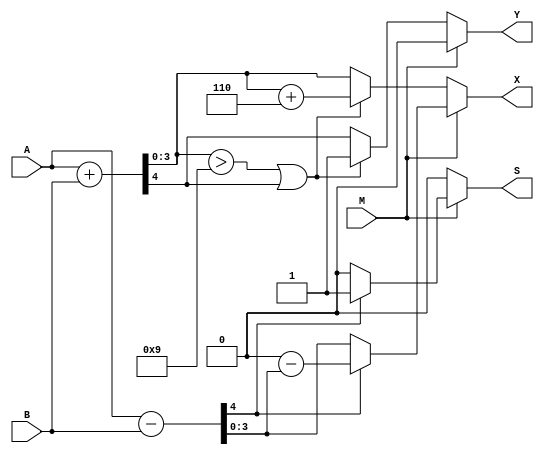
`timescale 1ns / 1ps
//////////////////////////////////////////////////////////////////////////////////
// Company: 
// Engineer: 
// 
// Design Name: 
// Module Name: bcd_adder_subtractor
// Project Name: 
// Target Devices: 
// Tool Versions: 
// Description: 
// 
// Dependencies: 
// 
// Revision:
// Revision 0.01 - File Created
// Additional Comments:
// 
//////////////////////////////////////////////////////////////////////////////////


module bcd_adder_subtractor(A,B,M,X,Y,S);
input [3:0] A,B;
input M;
reg [4:0] Z;
output reg [3:0] X;
output reg Y,S;

always @(M or A or B)
begin
    Y=0;
    S=0;
    if(M)
    begin
        Z=A-B;
        X=Z[3:0];
        if(Z[4])
        begin
            X=16-X;
            S=1;
        end
    end
    else
    begin
        Z=A+B;
        X=Z[3:0];
        Y=Z[4];
        if (X>9 || Y)
        begin
            X=X+6;
            Y=1;
        end
    end
end 
endmodule